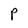
Character: P